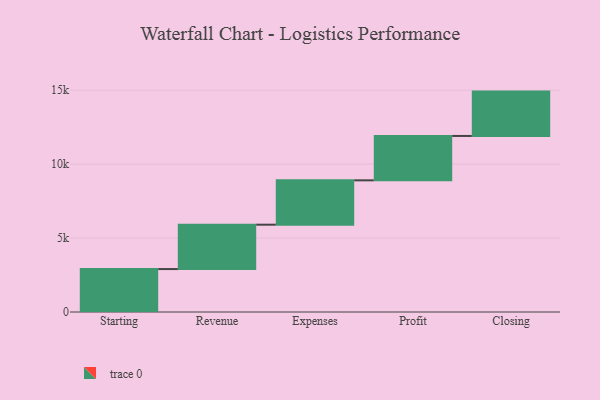
{"axis": {"x": "Step", "y": "Value"}, "legend": [""], "data": [{"x": "Starting", "y": 2904.0, "type": ""}, {"x": "Revenue", "y": 3000, "type": ""}, {"x": "Expenses", "y": 3000, "type": ""}, {"x": "Profit", "y": 3000, "type": ""}, {"x": "Closing", "y": 3000, "type": ""}]}